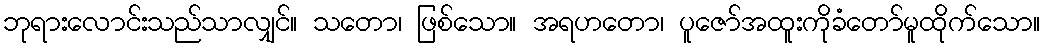
ဘုရားလောင်းသည်သာလျှင်။ သတော၊ ဖြစ်သော။ အရဟတော၊ ပူဇော်အထူးကိုခံတော်မူထိုက်သော။